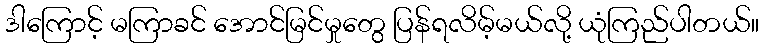
ဒါကြောင့် မကြာခင် အောင်မြင်မှုတွေ ပြန်ရလိမ့်မယ်လို့ ယုံကြည်ပါတယ်။